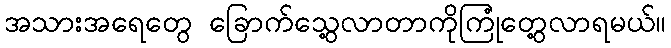
အသားအရေတွေ ခြောက်သွေ့လာတာကိုကြုံတွေ့လာရမယ်။